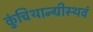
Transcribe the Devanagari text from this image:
कुंचिथान्ग्रीस्थवं